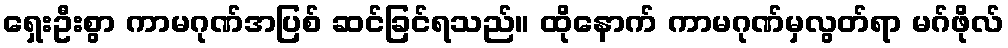
ရှေးဦးစွာ ကာမဂုဏ်အပြစ် ဆင်ခြင်ရသည်။ ထိုနောက် ကာမဂုဏ်မှလွတ်ရာ မဂ်ဖိုလ်